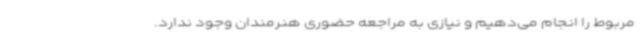
مربوط را انجام می‌دهیم و نیازی به مراجعه حضوری هنرمندان وجود ندارد.